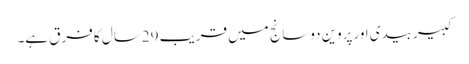
کبیربیدی اورپروین دوسانج میں قریب 29سال کا فرق ہے۔